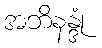
အဘိနန္ဒုံ